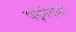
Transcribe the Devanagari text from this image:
पड़नेवला